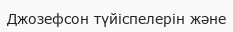
Джозефсон түйіспелерін және